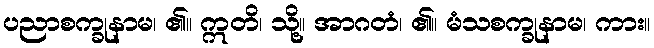
ပညာစက္ခုနာမ၊ ၏။ ဣတိ၊ သို့။ အာဂတံ၊ ၏။ မံသစက္ခုနာမ၊ ကား။